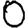
Digit: 0